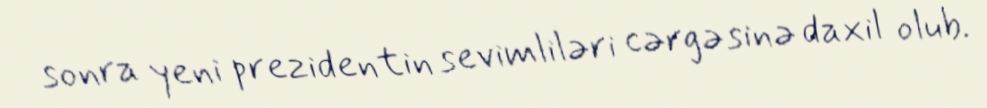
sonra yeni prezidentin sevimliləri cərgəsinə daxil olub.